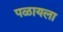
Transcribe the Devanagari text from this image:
पळायला